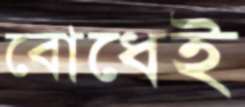
বোধেই